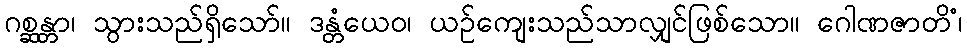
ဂစ္ဆန္တာ၊ သွားသည်ရှိသော်။ ဒန္တံယေဝ၊ ယဉ်ကျေးသည်သာလျှင်ဖြစ်သော။ ဂေါဏဇာတိံ၊